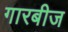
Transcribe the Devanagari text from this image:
गारबीज